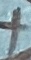
Text: +